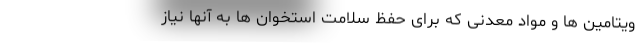
ویتامین ها و مواد معدنی که برای حفظ سلامت استخوان ها به آنها نیاز